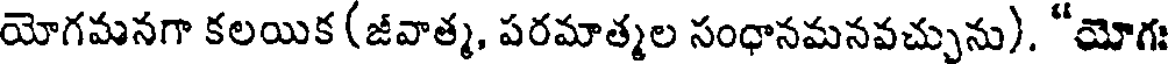
యోగమనగా కలయిక (జీవాత్మ, పరమాత్మల సంధానమనవచ్చును). "యోగః